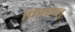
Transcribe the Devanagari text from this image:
फित्सनु